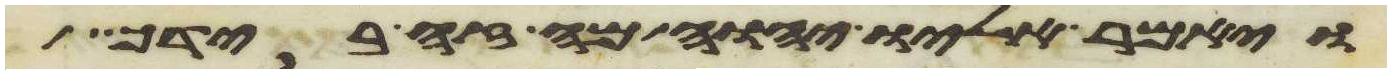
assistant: ויאמר אליו יהוה מה זה בידך